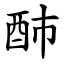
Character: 䣪